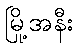
မြို့အနီး